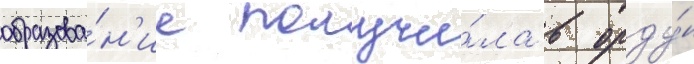
образова́н'ие получи́ла в орду́